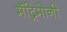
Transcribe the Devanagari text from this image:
मॅट्रिमोनी